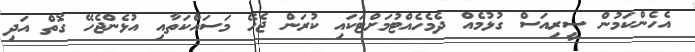
އެހެންކަމުން ސީރިއަސް ގުޅުމެއް ދެމެހެއްޓުމަށްޓަކައި ކުރަން ޖެހޭ މަސައްކަތާއި އުޅެންޖެހޭ ގޮތް އަދި